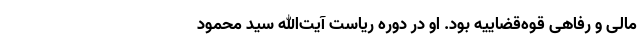
مالی و رفاهی قوه‌قضاییه بود. او در دوره ریاست آیت‌الله سید محمود